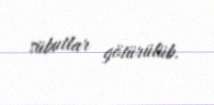
sübutlar götürülüb.